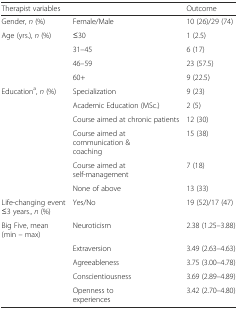
| Therapist variables |  | Outcome |
 | --- | --- | --- |
 | Gender, n (%) | Female/Male | 10 (26)/29 (74) |
 | Age (yrs.), n (%) | ≤30 | 1 (2.5) |
 |  | 31–45 | 6 (17) |
 |  | 46–59 | 23 (57.5) |
 |  | 60+ | 9 (22.5) |
 | Educationa, n (%) | Specialization | 9 (23) |
 |  | Academic Education (MSc.) | 2 (5) |
 |  | Course aimed at chronic patients | 12 (30) |
 |  | Course aimed at communication & coaching | 15 (38) |
 |  | Course aimed at self-management | 7 (18) |
 |  | None of above | 13 (33) |
 | Life-changing event ≤3 years., n (%) | Yes/No | 19 (52)/17 (47) |
 | Big Five, mean (min – max) | Neuroticism | 2.38 (1.25–3.88) |
 |  | Extraversion | 3.49 (2.63–4.63) |
 |  | Agreeableness | 3.75 (3.00–4.78) |
 |  | Conscientiousness | 3.69 (2.89–4.89) |
 |  | Openness to experiences | 3.42 (2.70–4.80) |